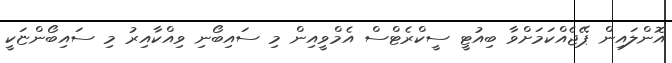
އޮންލައިން ޕޭޖެއްކަމަށްވާ ބިއުޓީ ސީކްރެޓްސް އެމްވީއިން މި ސައިބޯނި ވިއްކާއިރު މި ސައިބޯންޏަކީ